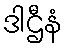
ဒါဌီနံ